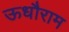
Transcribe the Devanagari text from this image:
ऊधौराम